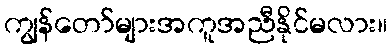
ကျွန်တော်များအကူအညီနိုင်မလား။